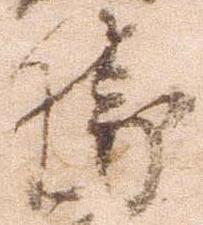
勝